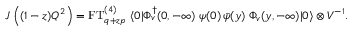
J \left( ( 1 - z ) Q ^ { 2 } \right) = \mathrm { F T } _ { q + z p } ^ { ( 4 ) } \; \langle 0 | \Phi _ { v } ^ { \dagger } ( 0 , - \infty ) \; \psi ( 0 ) \, \bar { \psi } ( y ) \; \Phi _ { v } ( y , - \infty ) | 0 \rangle \otimes V ^ { - 1 } .